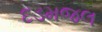
દડમજલ